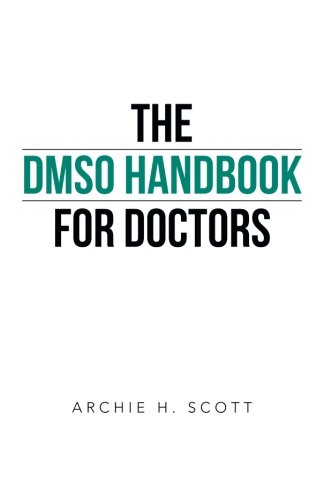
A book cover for The DMSO Handbook for Doctors; Archie H. Scott; Medical Books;